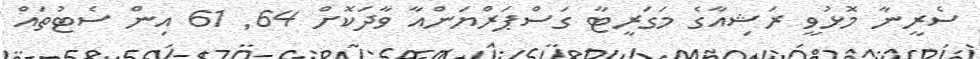
ސެރީނާ މޮޅުވީ ރަޝިއާގެ މަގަރީޓާ ގަސްޕަރްޔަންއާ ވާދަކޮށް 64